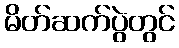
မိတ်ဆက်ပွဲတွင်